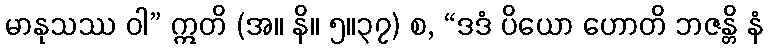
မာနုသဿ ဝါ” ဣတိ (အ။ နိ။ ၅။၃၇) စ, “ဒဒံ ပိယော ဟောတိ ဘဇန္တိ နံ